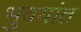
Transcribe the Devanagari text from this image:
भुवयांत